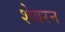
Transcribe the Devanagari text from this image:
शेवरन